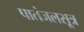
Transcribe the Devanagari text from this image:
पातंजलसूत्र